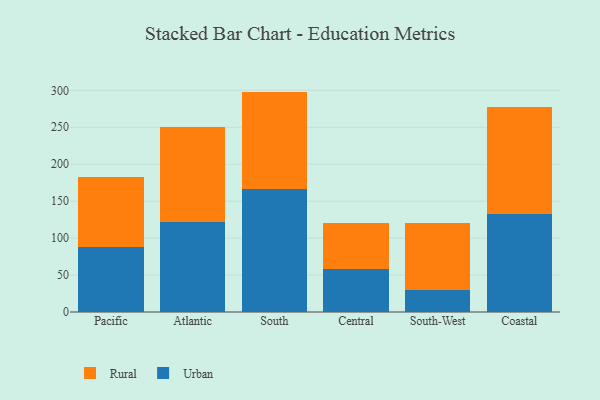
{"axis": {"x": "Region", "y": "Inventory Turnover"}, "legend": ["Rural", "Urban"], "data": [{"x": "Pacific", "y": 87.6, "type": "Urban"}, {"x": "Pacific", "y": 95.3, "type": "Rural"}, {"x": "Atlantic", "y": 121.4, "type": "Urban"}, {"x": "Atlantic", "y": 128.4, "type": "Rural"}, {"x": "South", "y": 167.0, "type": "Urban"}, {"x": "South", "y": 131.3, "type": "Rural"}, {"x": "Central", "y": 58.8, "type": "Urban"}, {"x": "Central", "y": 61.7, "type": "Rural"}, {"x": "South-West", "y": 29.9, "type": "Urban"}, {"x": "South-West", "y": 90.2, "type": "Rural"}, {"x": "Coastal", "y": 132.1, "type": "Urban"}, {"x": "Coastal", "y": 145.3, "type": "Rural"}]}